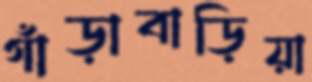
গাঁড়াবাড়িয়া